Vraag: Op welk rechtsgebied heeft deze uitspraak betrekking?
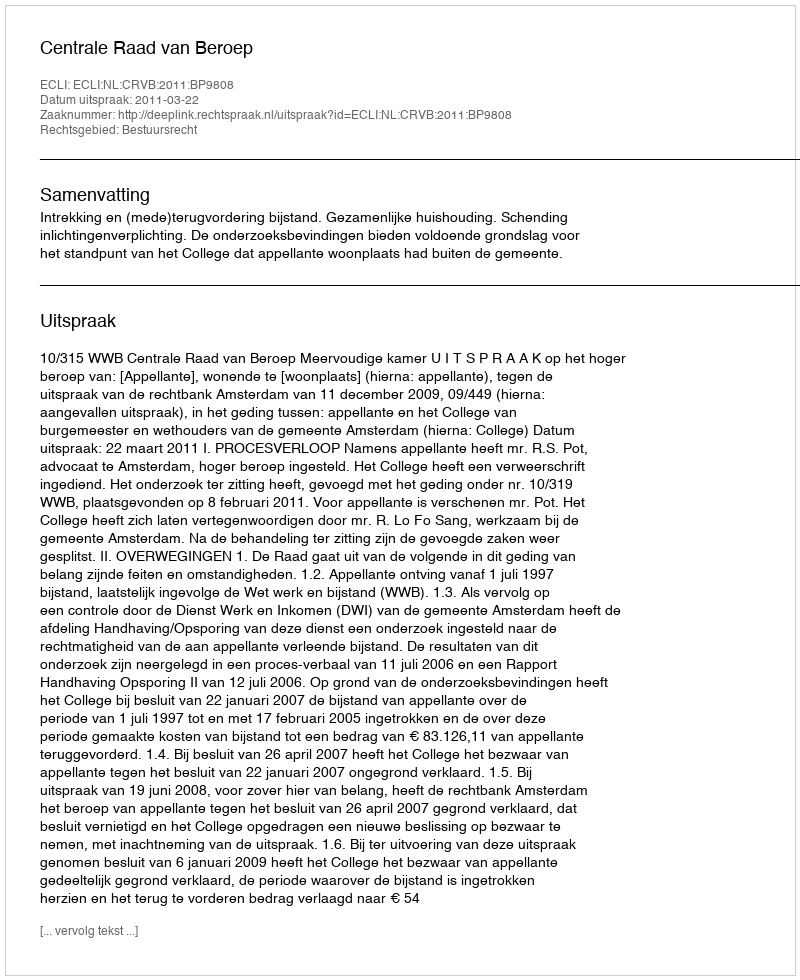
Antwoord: Bestuursrecht